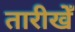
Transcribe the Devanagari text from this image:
तारीखेँ